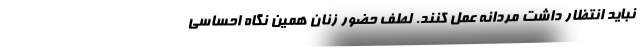
نباید انتظار داشت مردانه عمل کنند. لطف حضور زنان همین نگاه احساسی